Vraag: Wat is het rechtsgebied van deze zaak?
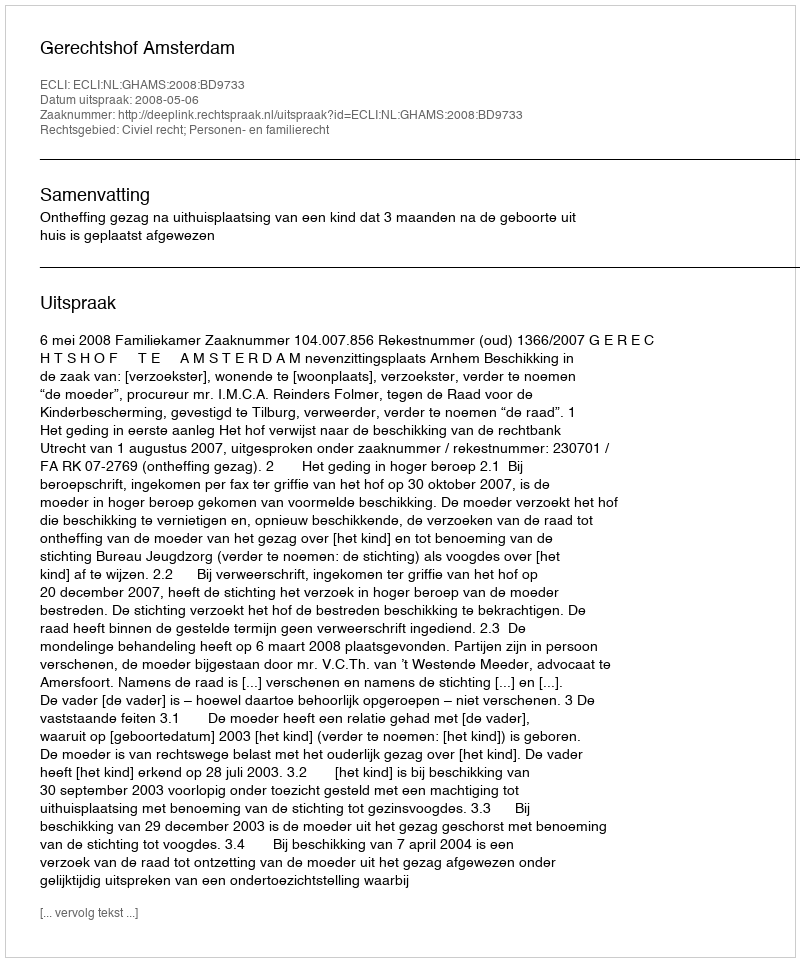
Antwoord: Civiel recht; Personen- en familierecht